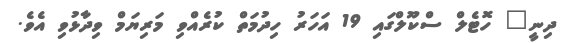
ދިނީ" ހޮޓެލް ސްކޫލްގައި 19 އަހަރު ހިދުމަތް ކުރެއްވި މަރިޔަމް ވިދާޅުވި އެވެ.